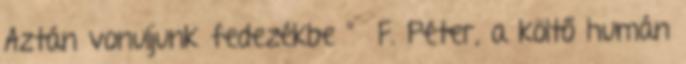
Aztán vonuljunk fedezékbe ” F. Péter, a költő humán